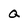
Character: Q